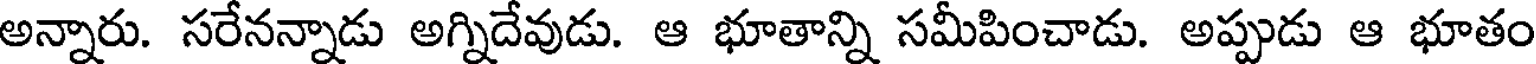
అన్నారు. సరేనన్నాడు అగ్నిదేవుడు. ఆ భూతాన్ని సమీపించాడు. అప్పుడు ఆ భూతం